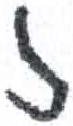
אות: ז